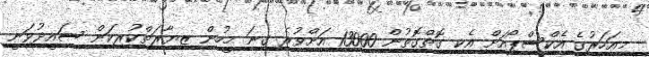
މިއަހަރުގެ އެކްސްޕޯއަށް އެކި ގޮތްގޮތުން 13000 އަށްވުރެ ގިނަ މީހުން ޒިޔާރަތްކުރިކަން ސައީދުވަނީ